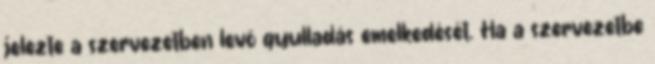
jelezte a szervezetben levő gyulladás emelkedését. Ha a szervezetbe